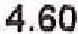
4.60